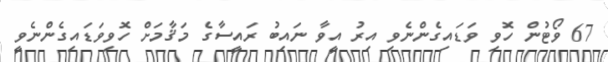
67 ވޯޓުން ހޮވި ވަޑައިގެންނެވި އިރު އީވާ ނައިބު ރައީސާގެ މަޤާމަށް ހޮވިވަޑައިގެންނެވީ